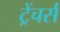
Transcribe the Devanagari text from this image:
ट्रेंचर्स